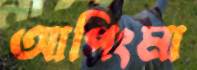
আপিংমা